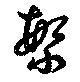
繁